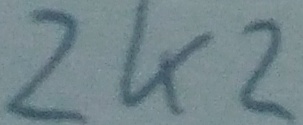
Text: 2K2